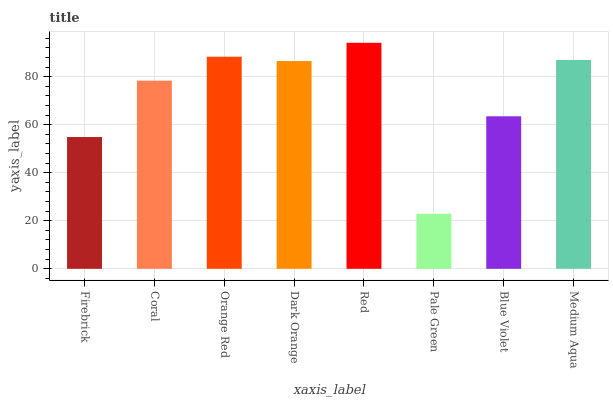
| xaxis_label | bars |
 | --- | --- |
 | Firebrick | 54.9 |
 | Coral | 78.4 |
 | Orange Red | 88.3 |
 | Dark Orange | 86.5 |
 | Red | 94.1 |
 | Pale Green | 22.9 |
 | Blue Violet | 63.5 |
 | Medium Aqua | 87 |